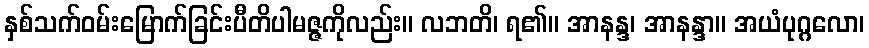
နှစ်သက်ဝမ်းမြောက်ခြင်းပီတိပါမဇ္ဇကိုလည်း။ လဘတိ၊ ရ၏။ အာနန္ဒ၊ အာနန္ဒာ။ အယံပုဂ္ဂလော၊